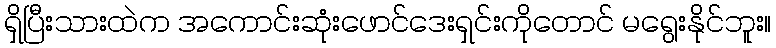
ရှိပြီးသားထဲက အကောင်းဆုံးဖောင်ဒေးရှင်းကိုတောင် မရွေးနိုင်ဘူး။